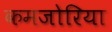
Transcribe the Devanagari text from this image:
कमजोरिया